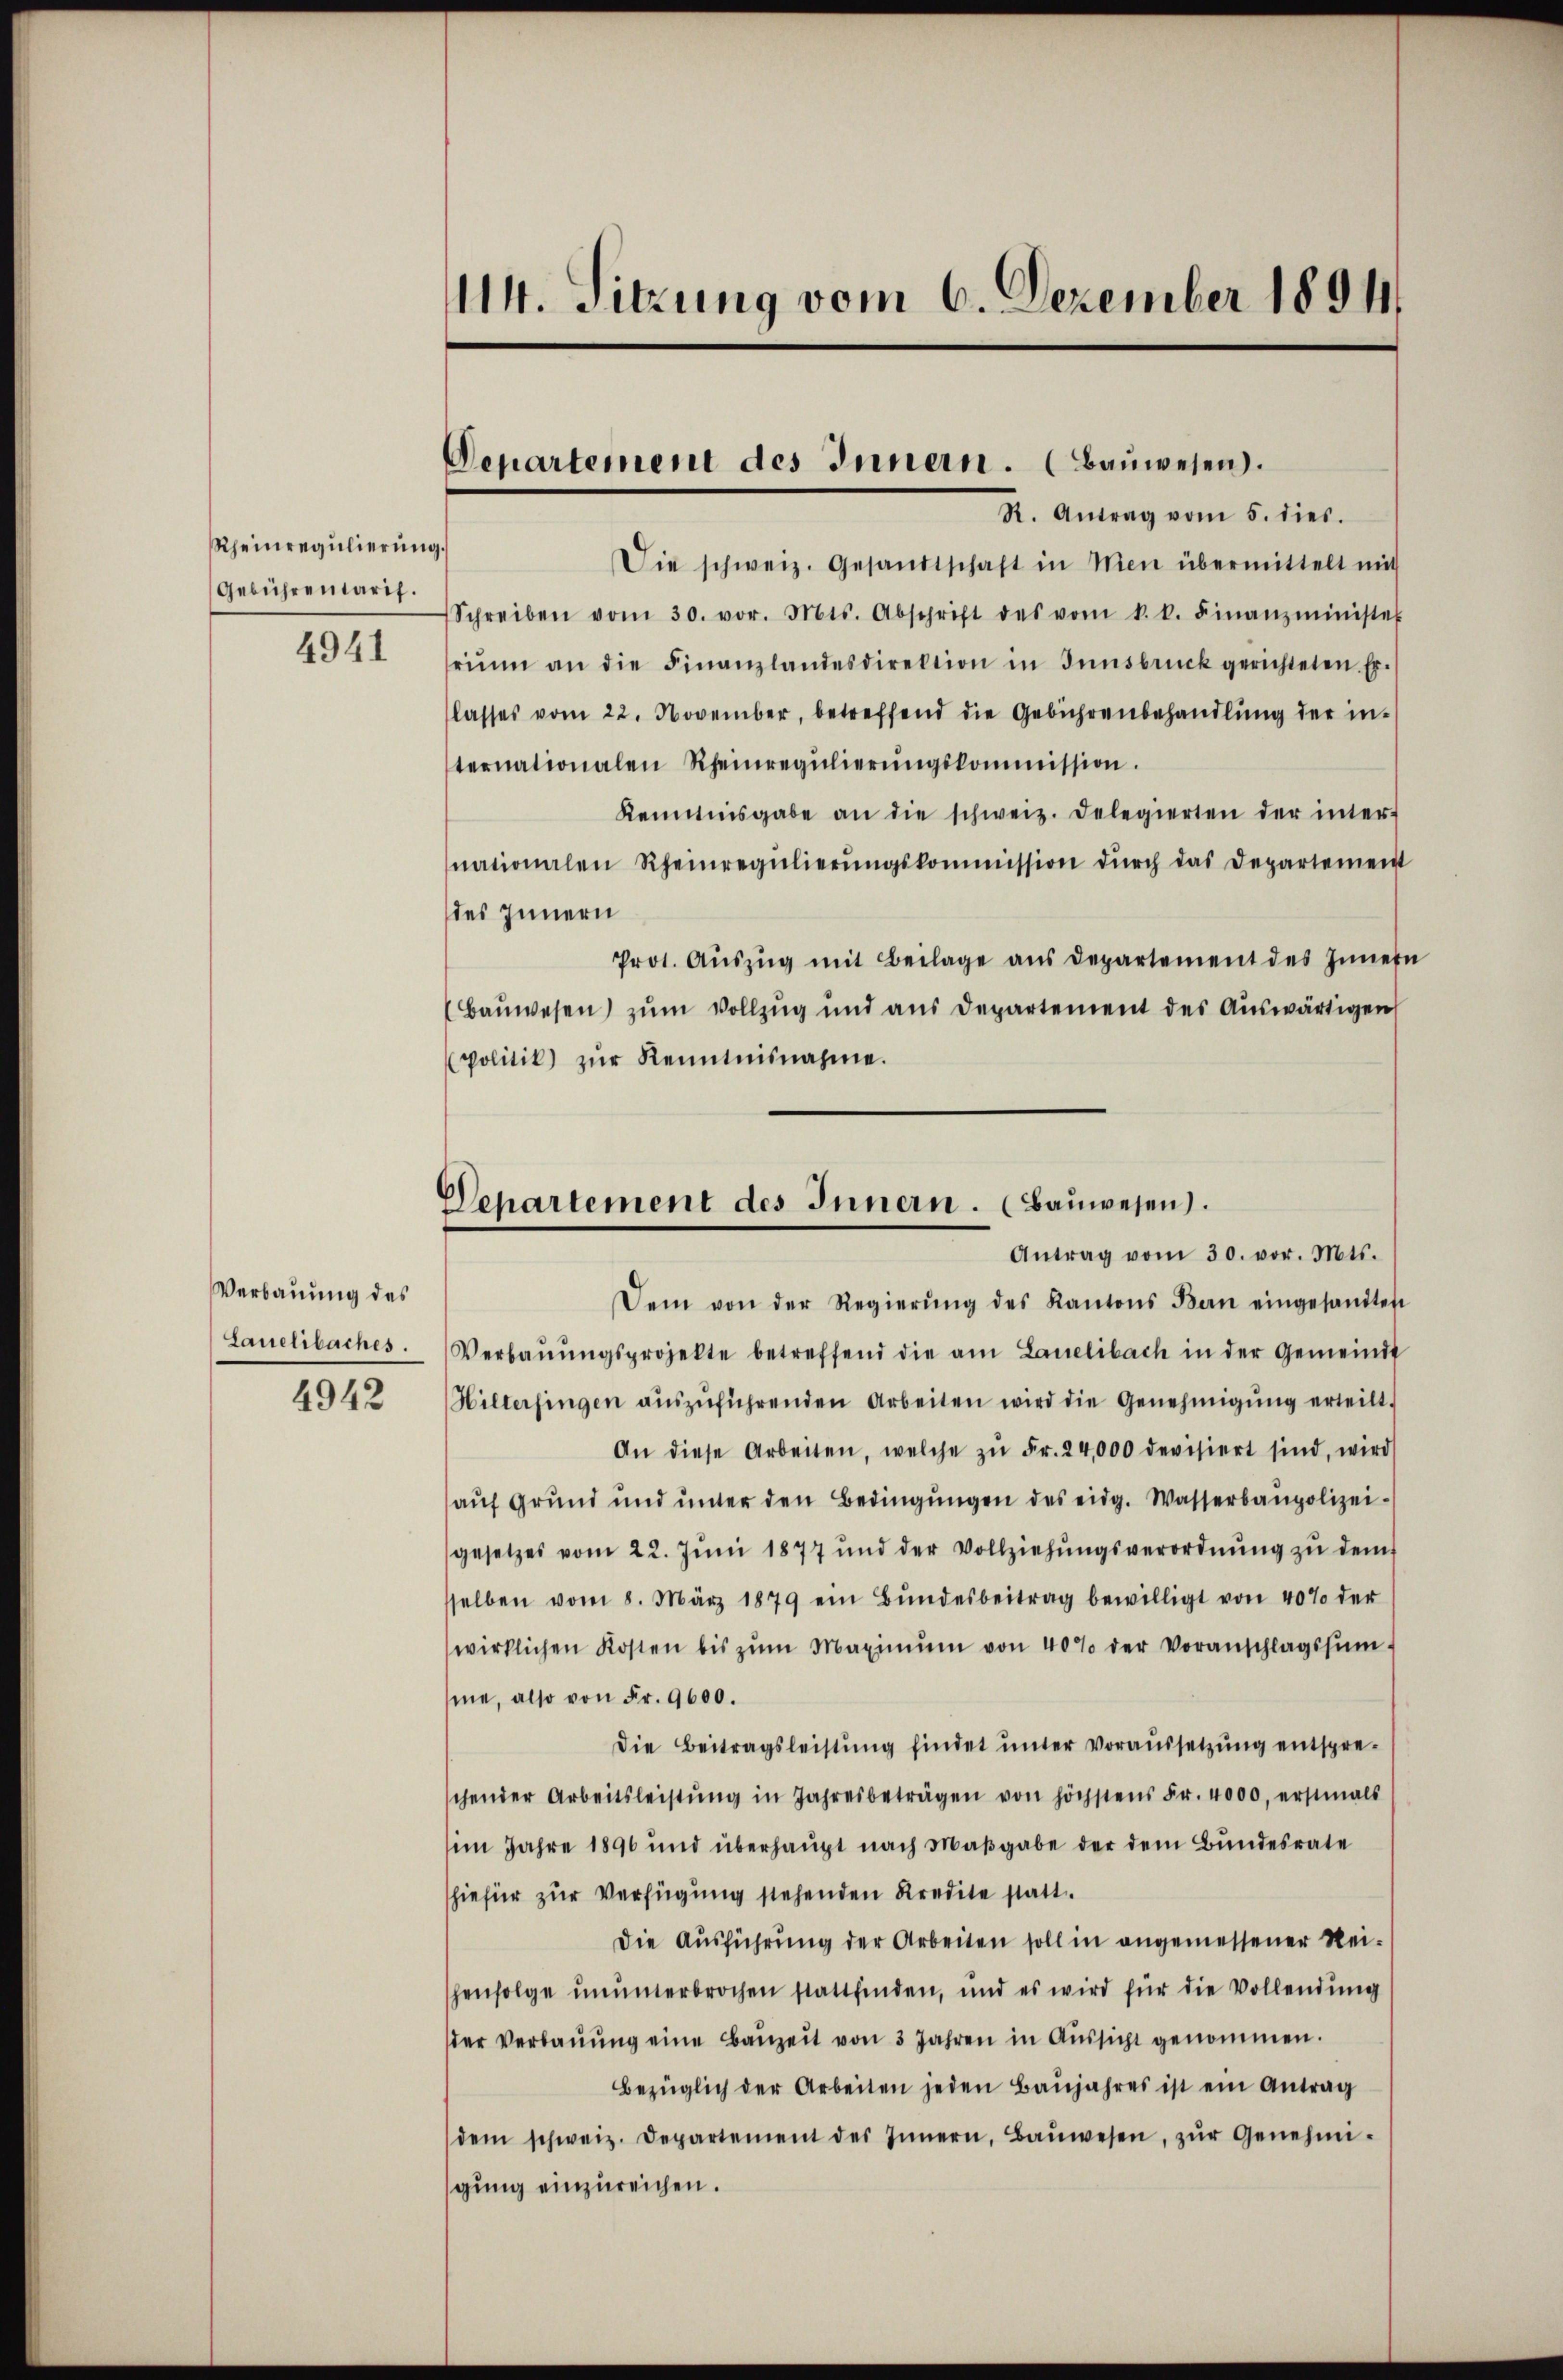
Rheinregulierung.
Gebührentarif.

4941

Verbauung des
Lauelibaches.
4942

Die schweiz. Gesandtschaft in Men übermittelt mit
Schreiben vom 30. vor. Mts. Abschrift des vom k. k. Finanzminister
rium an die Finanzlandesdirektion in Innsbruck gerichteten Er-
lasses vom 22. November, betreffend die Gebührenbehandlŭng der in-
ternationalen Rheinregŭlierŭngskommission.
Kenntnisgabe an die schweiz. Delegierten der inter-
nationalen Rheinregŭlierŭngskommission dŭrch das Departement
des Innern
Prot. Aŭszŭg mit Beilage aus Departement des Innern
(Baŭwesen zŭm Vollzŭg und aus Departement des Aŭswärtigen
politik) zŭr Kenntnisnahme.
Dem von der Regierŭng des Kantons Bern eingesandten
Verbaŭŭngsprojekte betreffend die am Lauelibach in der Gemeinde
Hilterfingen aŭszŭführenden Arbeiten wird die Genehmigung erteilt.
An diese Arbeiten, welche zŭ Fr. 24,000 devisiert sind, wird
auf Grund und unter den Bedingŭngen des eidg. Wasserbaupolizeigesetzes vom 22. Jŭni 1877 und der Vollziehŭngsverordnŭng zŭ dem
selben vom 8. März 1879 ein Bŭndesbeitrag bewilligt von 40% der
wirklichen Kosten bis zŭm Maximŭm von 40% der Voranschlagssŭm-
me, also von Fr. 9600.
Die Beitragsleistung findet unter voraussetzung entspreschender Arbeitsleistŭng in Jahresbeträgen von höchstens Fr. 4000, erstmals
im Jahre 1896 und überhaupt nach Maβgabe der dem Bundesrate
hiefür zur Verfügung stehenden Kredite statt
Die Ausführung der Arbeiten soll in angemessener Reihenfolge ununterbrochen stattfinden, und es wird für die Vollendŭng
der Verbaŭŭng eine Baŭzeit von 3 Jahren in Aŭssicht genommen.
Bezüglich der Arbeiten jeden Baŭjahres ist ein Antrag
dem schweiz. Departement des Innern, Baŭwesen, zŭr Genehmi-
gung einzureichen.

114. Sitzung vom 6. Dezember 1894

Departement des Innern. (Bauwesen.
R. Antrag vom 5. dies.

Departement des Innern. (Bauwesen.
Antrag vom 30. vor. Mts.